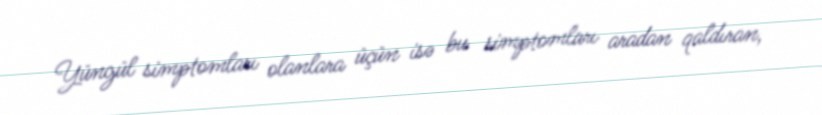
Yüngül simptomları olanlara üçün isə bu simptomları aradan qaldıran,